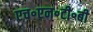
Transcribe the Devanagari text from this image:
एच॰एन॰टी॰बी